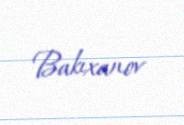
Bakıxanov